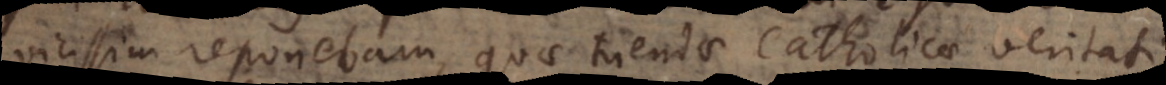
vicissim reponebam, quae tuendae Catholicae veritati